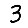
Digit: 3